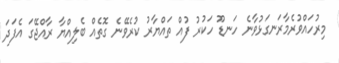
މިރުހައްވުރެމާރަނގަޅުވާނެ ހަނޑޫ ހަކުރު ފުއް ތައްޔާރު ކުރެވޭނެ ގޮތެއް ބެލިއްޔާ ރާއްޖޭގަ އެފަދަ